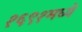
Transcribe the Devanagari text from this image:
१६९१मध्ये